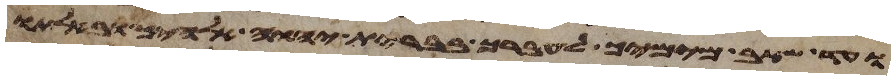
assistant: ועד שאב מימיך לעברך בברית יהוה אלהיך ובאלתו